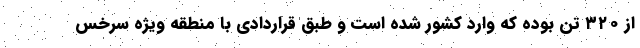
از ۳۲۰ تن بوده که وارد کشور شده است و طبق قراردادی با منطقه ویژه سرخس